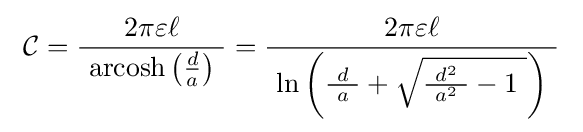
\ {\mathcal {C}}={\frac {2\pi \varepsilon \ell }{\ \operatorname {arcosh} \left({\frac {d}{a}}\right)\ }}={\frac {2\pi \varepsilon \ell }{\ \ln \left({\frac {\ d\ }{a}}+{\sqrt {{\frac {\ d^{2}\ }{a^{2}}}-1\ }}\right)\ }}\